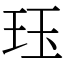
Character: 珏